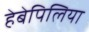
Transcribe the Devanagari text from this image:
हेबेपिलिया